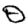
Digit: 0